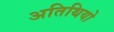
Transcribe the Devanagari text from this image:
अतिथियो